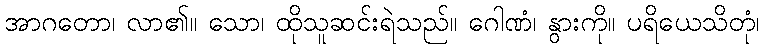
အာဂတော၊ လာ၏။ သော၊ ထိုသူဆင်းရဲသည်။ ဂေါဏံ၊ နွားကို။ ပရိယေသိတုံ၊